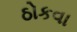
ઠોકવા